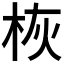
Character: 𪲄